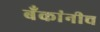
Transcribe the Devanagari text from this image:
बँकांनीच